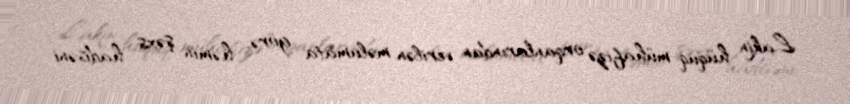
Lakin hüquq-mühafizə orqanlarından verilən məlumata görə, həmin şəxs hadisəni